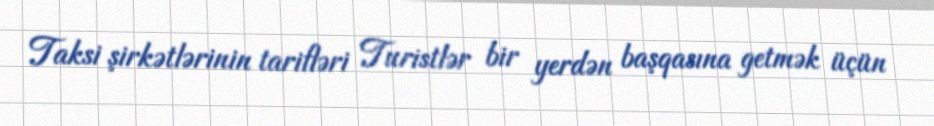
Taksi şirkətlərinin tarifləri Turistlər bir yerdən başqasına getmək üçün